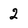
Character: 2